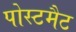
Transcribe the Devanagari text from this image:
पोस्टमैट